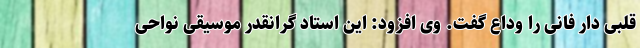
قلبی دار فانی را وداع گفت. وی افزود: این استاد گرانقدر موسیقی نواحی